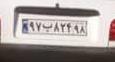
۹۷ب۸۲۴۹۸